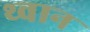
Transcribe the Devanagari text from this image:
थ्वान